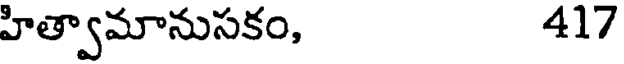
హిత్వామానుసకం, 417